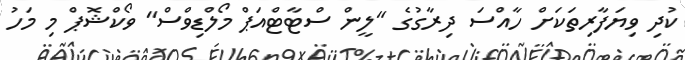
ކުދި ވިޔަފާރިތަކަށް ހާއްސަ ދިރާގުގެ "ލީން ސްޓާޓްއަޕް މޯލްޑިވްސް" ވޯކްޝޮޕް މި މަހު